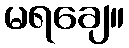
မရချေ။